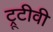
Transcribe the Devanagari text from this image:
ट्रूटीवी